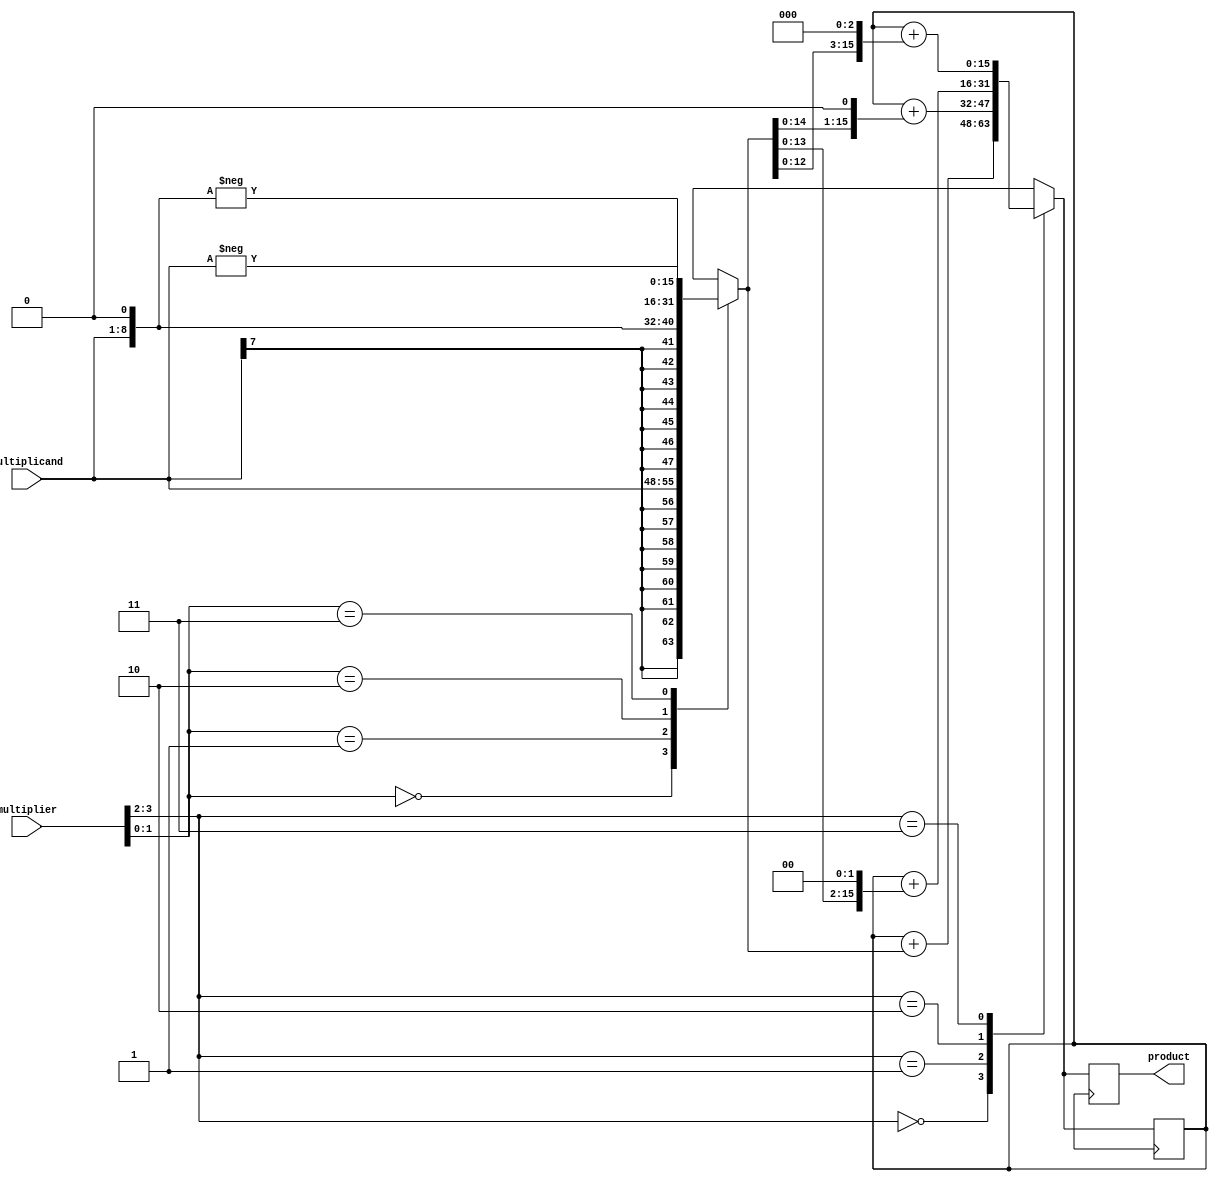
module Booth_Multiplier (
  input signed [7:0] multiplier,
  input signed [7:0] multiplicand,
  output signed [15:0] product
);

reg signed [15:0] partial_product;
reg signed [15:0] accumulated_sum;

initial begin
  partial_product = 16'b0;
  accumulated_sum = 16'b0;
end

always @(posedge clk) begin
  case (multiplier[1:0])
    2'b00: partial_product = multiplicand;
    2'b01: partial_product = multiplicand << 1;
    2'b10: partial_product = -multiplicand;
    2'b11: partial_product = -(multiplicand << 1);
  endcase
  
  case (multiplier[3:2])
    2'b00: accumulated_sum = accumulated_sum + (partial_product << 0);
    2'b01: accumulated_sum = accumulated_sum + (partial_product << 1);
    2'b10: accumulated_sum = accumulated_sum + (partial_product << 2);
    2'b11: accumulated_sum = accumulated_sum + (partial_product << 3);
  endcase

  product = accumulated_sum;
end

endmodule